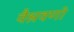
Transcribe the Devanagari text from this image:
वैश्रवणो